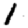
Digit: 1